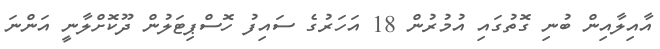
އާއިލާއިން ބުނި ގޮތުގައި އުމުރުން 18 އަހަރުގެ ސައިފު ހޮސްޕިޓަލުން ދޫކޮށްލާނީ އަންނަ